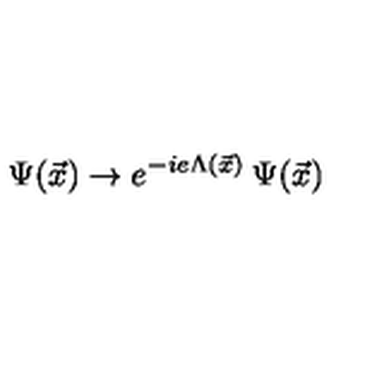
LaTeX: \Psi ( \vec { x } ) \rightarrow e ^ { - i e \Lambda ( \vec { x } ) } \: \Psi ( \vec { x } )